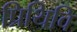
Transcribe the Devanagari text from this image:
प्रिथिवि